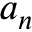
a _ { n }